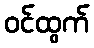
ဝင်ထွက်